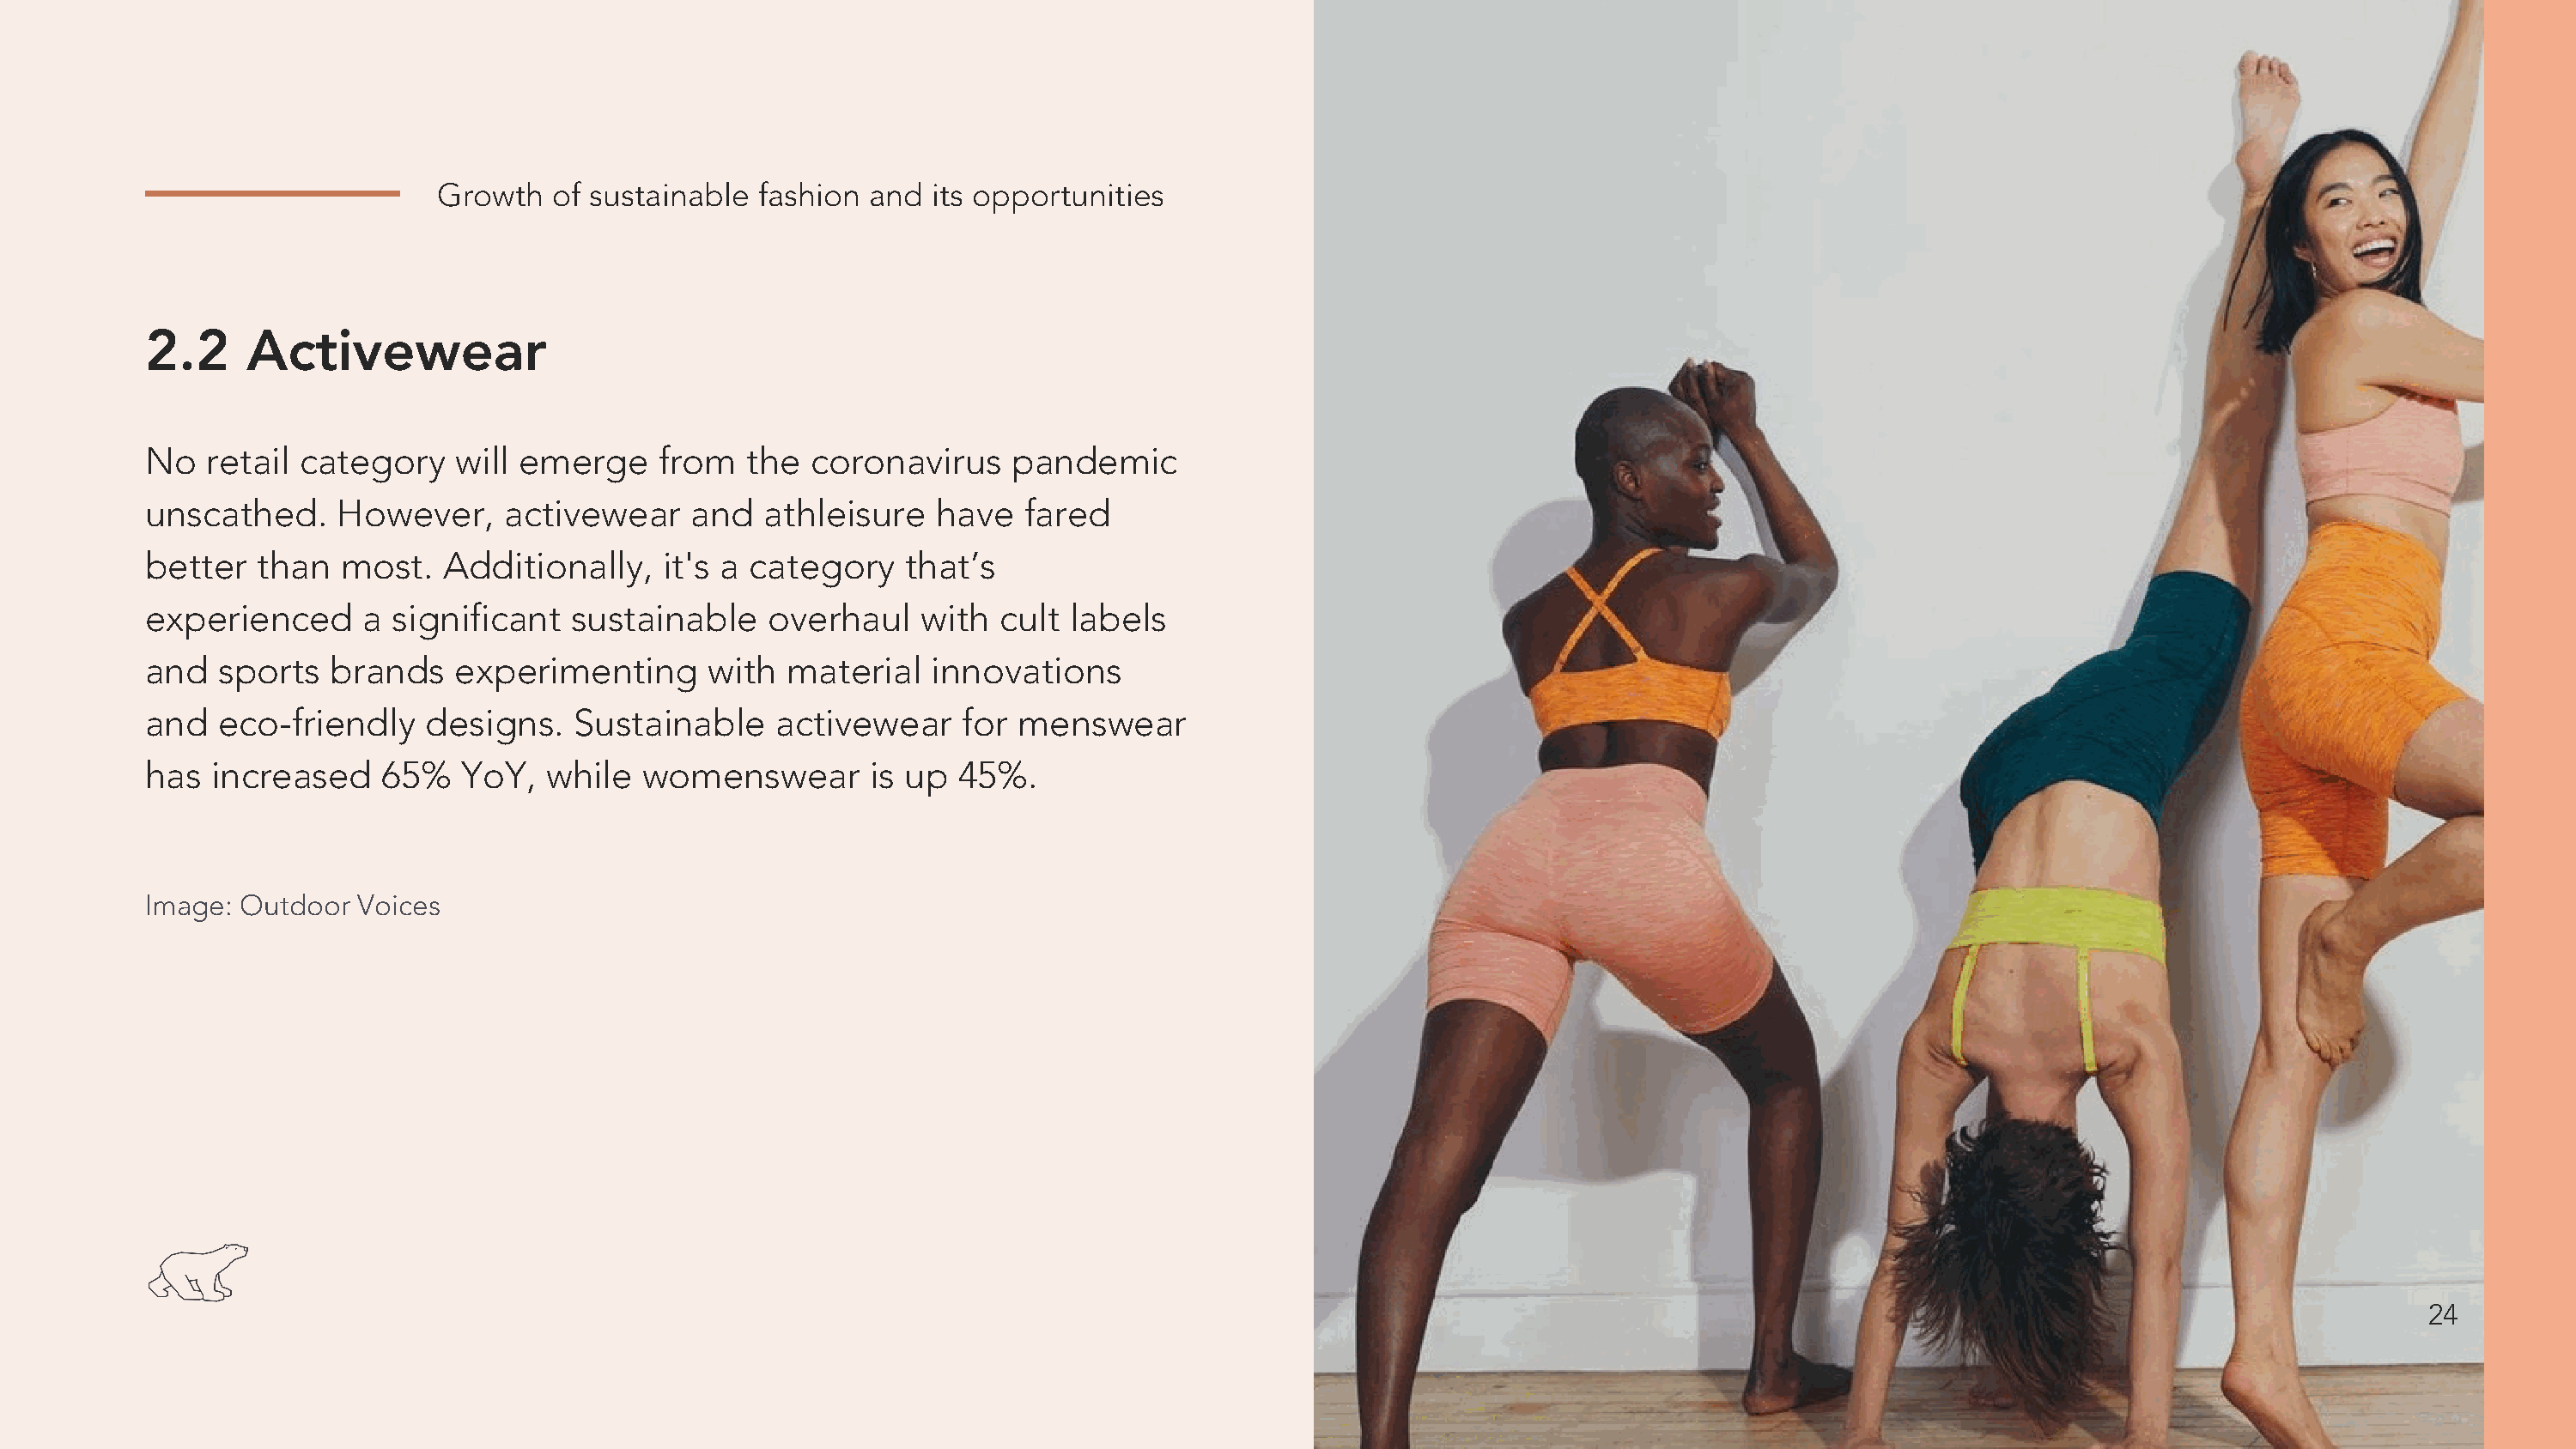
edited.com
 Growth   of sustainable fashion  and  its opportunities
 2.2     Activewear
 No   retail category    will emerge     from   the coronavirus     pandemic
 unscathed.     However,     activewear    and   athleisure   have   fared
 better   than  most.   Additionally,    it's a category    that’s
 experienced      a significant   sustainable    overhaul    with  cult labels
 and   sports  brands    experimenting       with  material   innovations
 and   eco-friendly    designs.   Sustainable     activewear    for menswear
 has  increased    65%    YoY,  while  womenswear        is up  45%.
 Image: Outdoor   Voices
 24
 24